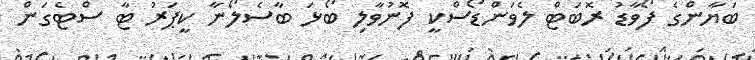
ބަޔާންގެ ފޯވާޑު ރޮބަޓް ލެވަންޑޯސްކީ ފޮނުވާލި ބޯޅަ ބާސެލޯނާ ކީޕަރު ޓާ ސްޓެގަން